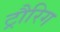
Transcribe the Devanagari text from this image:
ट्रौरिग